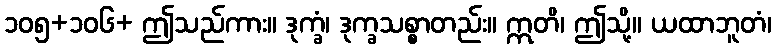
၁၀၅+၁၀၆+ ဤသည်ကား။ ဒုက္ခံ၊ ဒုက္ခသစ္စာတည်း။ ဣတိ၊ ဤသို့။ ယထာဘူတံ၊